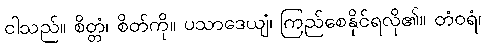
ငါသည်။ စိတ္တံ၊ စိတ်ကို။ ပသာဒေယျံ၊ ကြည်စေနိုင်ရလို၏။ တံဝရံ၊